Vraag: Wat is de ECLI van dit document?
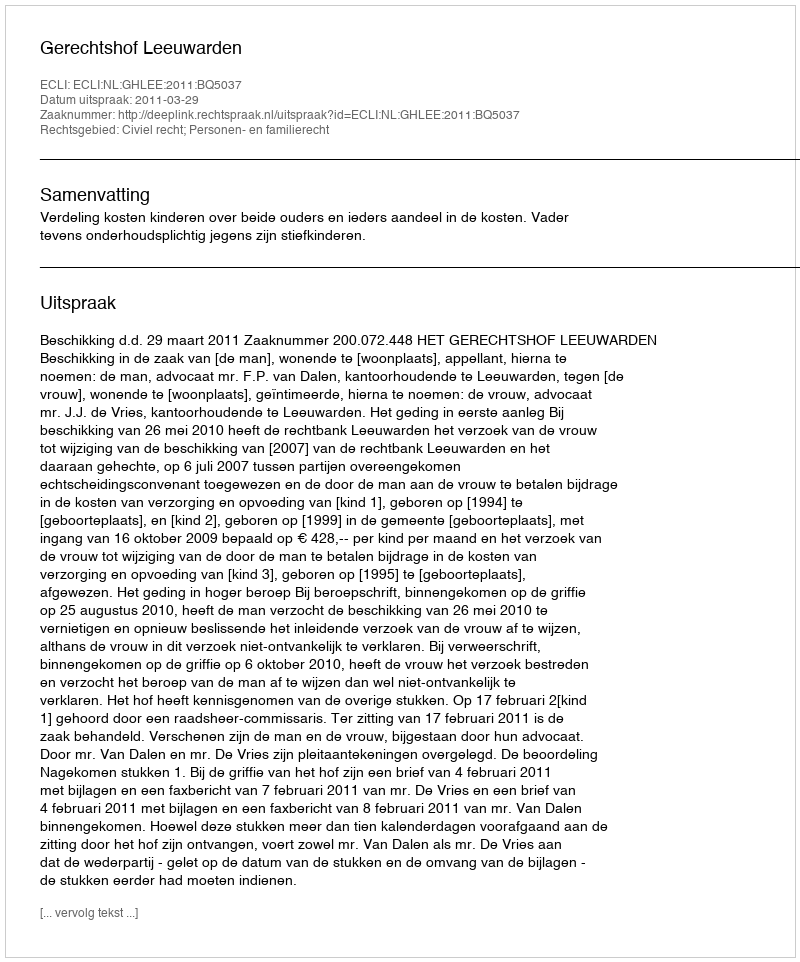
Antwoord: ECLI:NL:GHLEE:2011:BQ5037